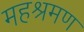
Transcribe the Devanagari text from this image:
महश्रमण